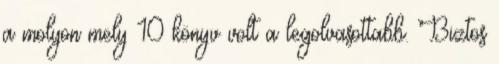
a molyon mely 10 könyv volt a legolvasottabb. Biztos